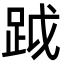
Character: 䟠